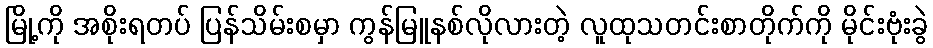
မြို့ကို အစိုးရတပ် ပြန်သိမ်းစမှာ ကွန်မြူနစ်လိုလားတဲ့ လူထုသတင်းစာတိုက်ကို မိုင်းဗုံးခွဲ